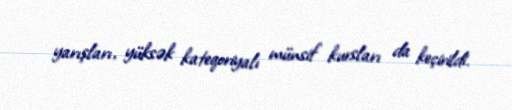
yarışları, yüksək kateqoriyalı münsif kursları da keçirildi.